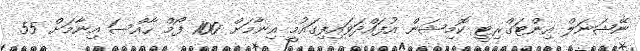
ނޭޝަނަލް އިންޓަގްރިޓީ ކޮމިޝަން އުފައްދަވައިފިގައުމީ އިނާމަށް 100 ފޯމް ހާއްސަ އިނާމަށް 55